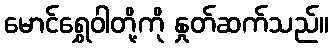
မောင်ရွှေဝါတို့ကို နှုတ်ဆက်သည်။